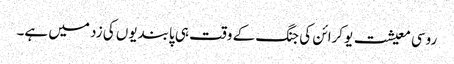
روسی معیشت یوکرائن کی جنگ کے وقت ہی پابندیوں کی زد میں ہے۔